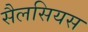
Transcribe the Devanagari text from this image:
सैलसियस